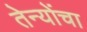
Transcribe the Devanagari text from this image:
तेन्योंचा